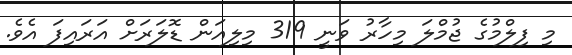
މި ފިލްމުގެ ޖުމްލަ މިހާރު ވަނީ 319 މިލިއަން ޑޮލަރަށް އަރައިފަ އެވެ.